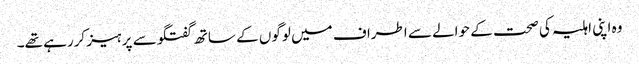
وہ اپنی اہلیہ کی صحت کے حوالے سے اطراف میں لوگوں کے ساتھ گفتگو سے پرہیز کررہے تھے۔